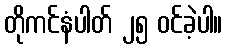
တိုကင်နံပါတ် ၂၅ ဝင်ခဲ့ပါ။